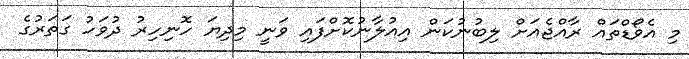
މި އެވޯޑްތައް ރާއްޖެއަށް ލިބުނުކަން އިއުލާނުކޮށްފައި ވަނީ މިދިޔަ ހޮނިހިރު ދުވަހު ގަތަރުގެ